Annual administration report of the Civil Veterinary Department of India - 1896-1897
Year: 1896
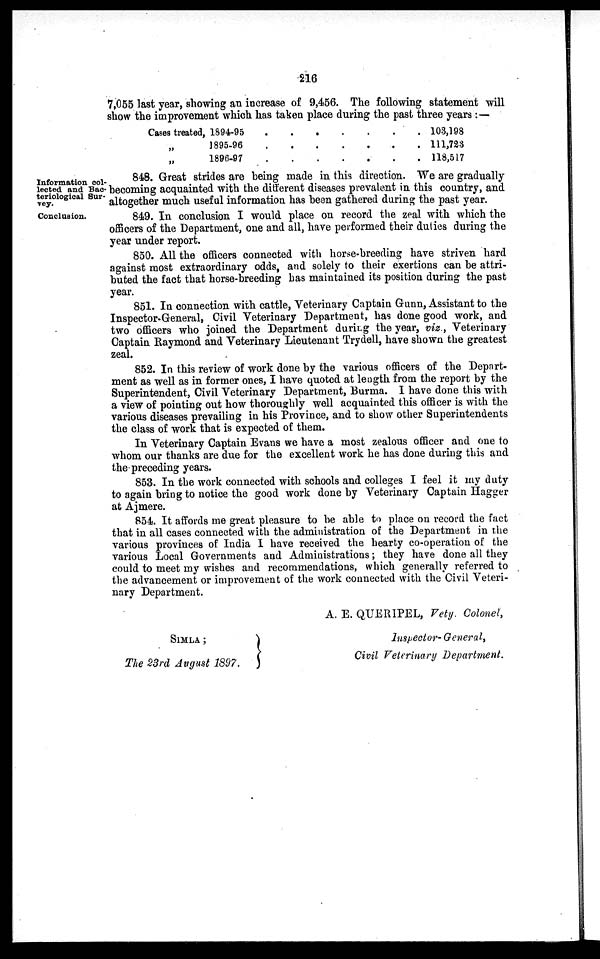
216
7,055 last year, showing an increase of 9,456. The following statement will
show the improvement which has taken place during the past three years:—
Cases treated, 1894-95
. . . . . . .
„ 1895-96 . . . . . . .
„
1896-97 . . . . . . .
103,198
111,723
118,517
Information col-
lected and Bac-
teriological Sur-
vey.
848. Great strides are being made in this direction. We are gradually
becoming acquainted with the different diseases prevalent in this country, and
altogether much useful information has been gathered during the past year.
Conclusion.
849. In conclusion I would place on record the zeal with which the
officers of the Department, one and all, have performed their duties during the
year under report.
850. All the officers connected with horse-breeding have striven hard
against most extraordinary odds, and solely to their exertions can be attri-
buted the fact that horse-breeding has maintained its position during the past
year.
851. In connection with cattle, Veterinary Captain Gunn, Assistant to the
Inspector-General, Civil Veterinary Department, has done good work, and
two officers who joined the Department during the year, viz., Veterinary
Captain Raymond and Veterinary Lieutenant Trydell, have shown the greatest
zeal.
852. In this review of work done by the various officers of the Depart-
ment as well as in former ones, I have quoted at length from the report by the
Superintendent, Civil Veterinary Department, Burma. I have done this with
a view of pointing out how thoroughly well acquainted this officer is with the
various diseases prevailing in his Province, and to show other Superintendents
the class of work that is expected of them.
In Veterinary Captain Evans we have a most zealous officer and one to
whom our thanks are due for the excellent work he has done during this and
the preceding years.
853. In the work connected with schools and colleges I feel it my duty
to again bring to notice the good work done by Veterinary Captain Hagger
at Ajmere.
854. It affords me great pleasure to be able to place on record the fact
that in all cases connected with the administration of the Department in the
various provinces of India I have received the hearty co-operation of the
various Local Governments and Administrations; they have done all they
could to meet my wishes and recommendations, which generally referred to
the advancement or improvement of the work connected with the Civil Veteri-
nary Department.
A. E. QUERIPEL, Vety. Colonel,
SIMLA
;
}
The 23rd August 1897.
Inspector-General,
Civil Veterinary
Department.